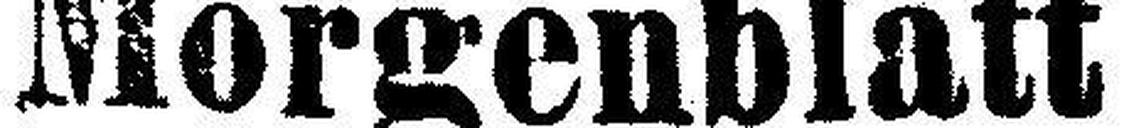
Morgenblatt